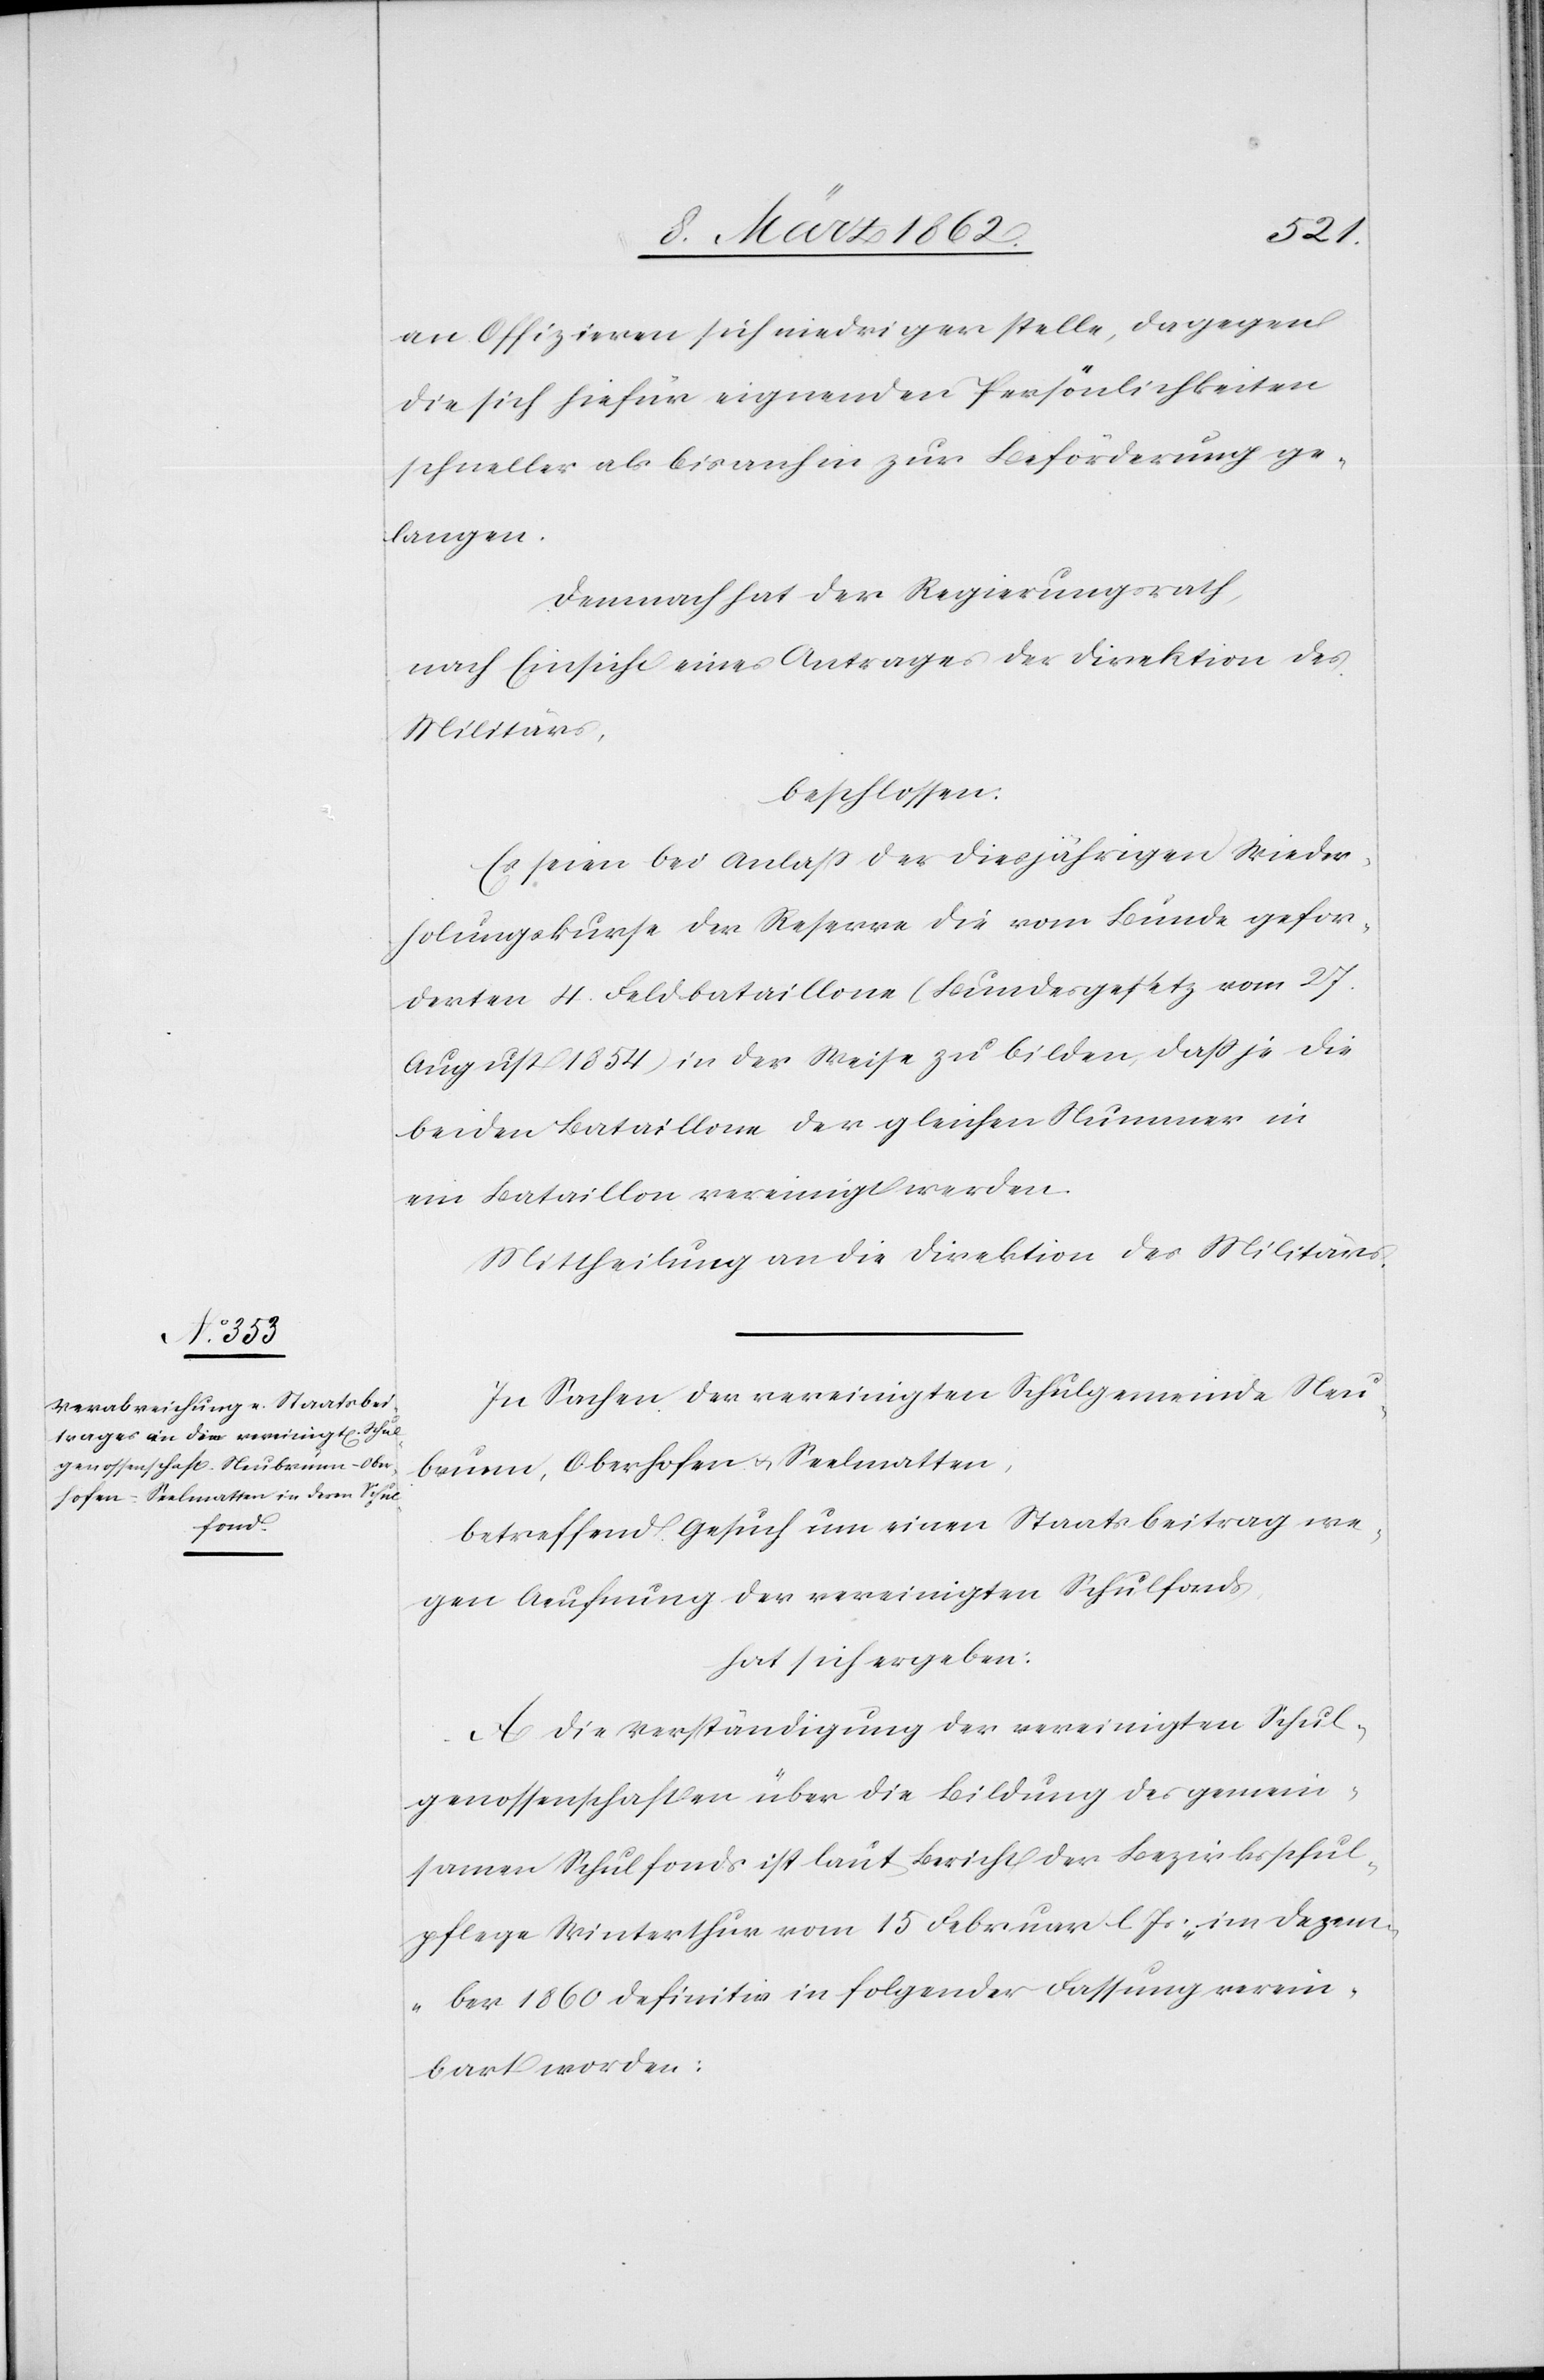
an Offizieren sich niedriger stelle, dagegen
die sich hiefür eignenden Persönlichkeiten
schneller als bis anhin zur Beförderung ge¬
langen.
Demnach hat der Regierungsrath,
nach Einsicht eines Antrages der Direktion des
Militärs,
beschlossen:
Es seien bei Anlaß der diesjährigen Wieder¬
holungskurse der Reserve die vom Bunde gefor¬
derten 4. Feldbataillone (Bundesgesetz vom 27.
August 1854) in der Weise zu bilden, daß je die
beiden Bataillone der gleichen Nummer in
ein Bataillon vereinigt werden.
Mittheilung an die Direktion des Militärs.
In Sachen der vereinigten Schulgemeinde Neu¬
brunn, Oberhofen u. Seelmatten,
betreffend Gesuch um einen Staatsbeitrag we¬
gen Aeufnung der vereinigten Schulfonds
hat sich ergeben:
A. Die Verständigung der vereinigten Schul¬
genossenschaften über die Bildung des gemein¬
samen Schulfonds ist laut Bericht der Bezirksschul¬
pflege Winterthur vom 15 Februar l. Js. „im Dezem¬
ber 1860 definitiv in folgender Fassung verein¬
bart worden: